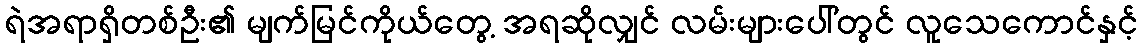
ရဲအရာရှိတစ်ဦး၏ မျက်မြင်ကိုယ်တွေ့ အရဆိုလျှင် လမ်းများပေါ်တွင် လူသေကောင်နှင့်